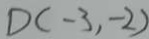
D ( - 3 , - 2 )